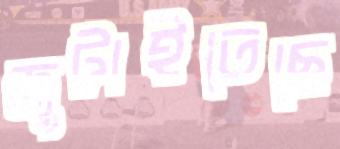
জুটাইতেছে